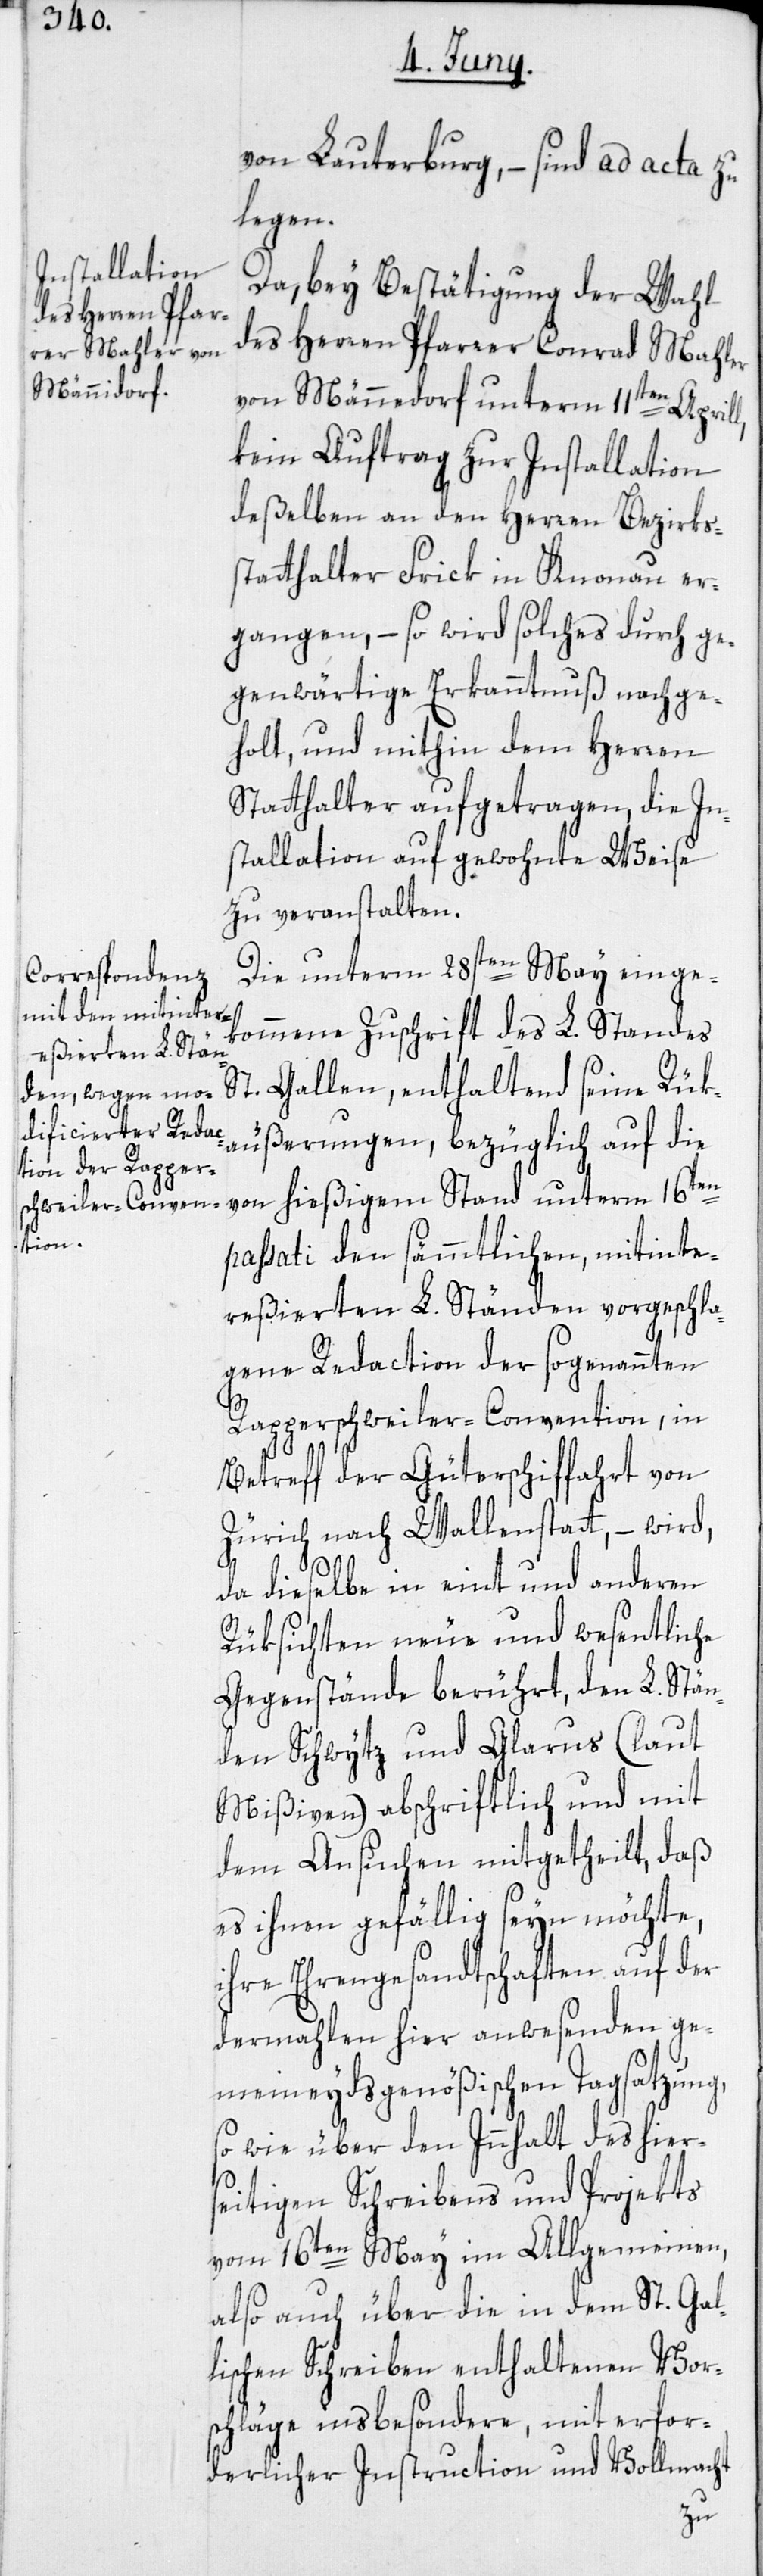
von Lauterburg, – sind ad acta zu
legen.
Da, bey Bestätigung der Wahl
des Herren Pfarrer Conrad Mahler
von Männedorf unterm 11ten Aprill,
kein Auftrag zur Installation
deßelben an den Herren Bezirks¬
statthalter Frick in Knonau er¬
gangen, – so wird solches durch ge¬
genwärtige Erkanntnuß nachge¬
holt, und mithin dem Herren
Statthalter aufgetragen, die In¬
stallation auf gewohnte Weise
zu veranstalten.
Die unterm 28sten May einge¬
kommene Zuschrift des L. Standes
St. Gallen, enthaltend seine Rück¬
äußerungen, bezüglich auf die
von hießigem Stand unterm 16ten
passati den sämmtlichen, mitinte¬
reßierten L. Ständen vorgeschla¬
gene Redaction der sogenannten
Rapperschweiler-Convention, in
Betreff der Güterschiffahrt von
Zürich nach Wallenstatt, – wird,
da dieselbe in eint und anderen
Rüksichten neue und wesentliche
Gegenstände berührt, den L. Stän¬
den Schwytz und Glarus (laut
Mißiven) abschriftlich und mit
dem Ansuchen mitgetheilt, daß
es ihnen gefällig seyn möchte,
ihre Ehrengesandtschaften auf der
dermahlen hier anwesenden ge¬
meineydsgenößischen Tagsatzung,
so wie über den Innhalt des hier¬
seitigen Schreibens und Projekts
vom 16ten May im Allgemeinen,
also auch über die in dem St. Gal¬
lischen Schreiben enthaltenen Vor¬
schläge insbesondere, mit erfor¬
derlicher Instruction und Vollmacht